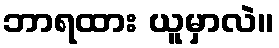
ဘာရထား ယူမှာလဲ။